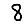
Digit: 8